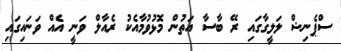
ސްޕެނިޝް ލަލީގާގައި ރޭ ބާސާ އަތުން މޮޅުވުމާއެކު ރެއާލް ވަނީ އެއް ވަނައިގައި